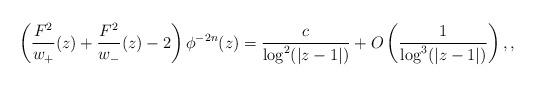
LaTeX: \begin{gather*} \left(\frac{F^2}{w_+}(z) + \frac{F^2}{w_-}(z) - 2\right) \phi^{-2n}(z)= \frac{c}{\log^2 (\vert z -1\vert)} + O\left(\frac{1}{\log^3(\vert z-1\vert)}\right), ,\end{gather*}